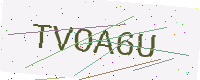
Text: TVOA6U